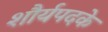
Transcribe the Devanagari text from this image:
शौर्यपदके